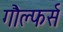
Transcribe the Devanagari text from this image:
गौल्फर्स